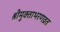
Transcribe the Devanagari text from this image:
श्रीमुक्ताभरणव्रत